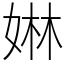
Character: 㛦